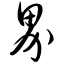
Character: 界